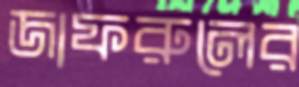
জাফরুলের